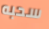
سحبه